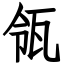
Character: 瓴